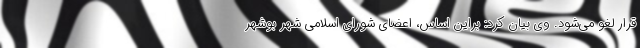
قرار لغو می‌شود. وی بیان کرد: براین اساس، اعضای شورای اسلامی شهر بوشهر